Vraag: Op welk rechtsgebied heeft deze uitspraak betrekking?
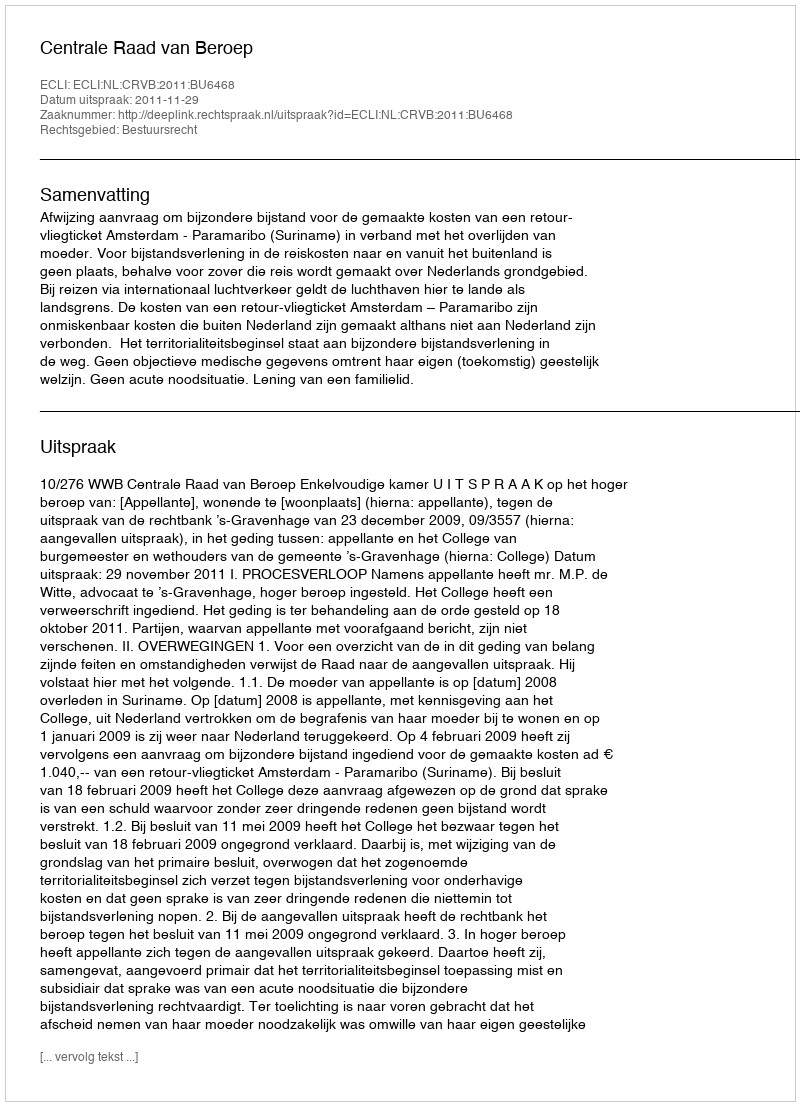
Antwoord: Bestuursrecht